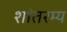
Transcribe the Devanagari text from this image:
शांतरम्य